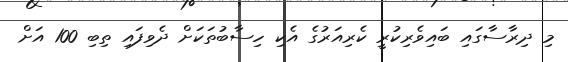
މި ދިރާސާގައި ބައިވެރިކުރީ ކެރިއަރުގެ އެކި ހިސާބުތަކަށް ދެވިފައި ތިބި 100 އަށް